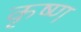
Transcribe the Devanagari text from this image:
कृष्‍ण्‍ा